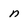
Character: n